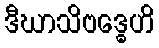
ဒီဃာသိဗဒ္ဓေဟိ